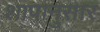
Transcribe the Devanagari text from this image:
शापानुसार